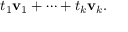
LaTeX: t _ { 1 } \mathbf { v } _ { 1 } + \cdots + t _ { k } \mathbf { v } _ { k } .